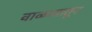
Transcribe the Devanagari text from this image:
वाळव्यातून